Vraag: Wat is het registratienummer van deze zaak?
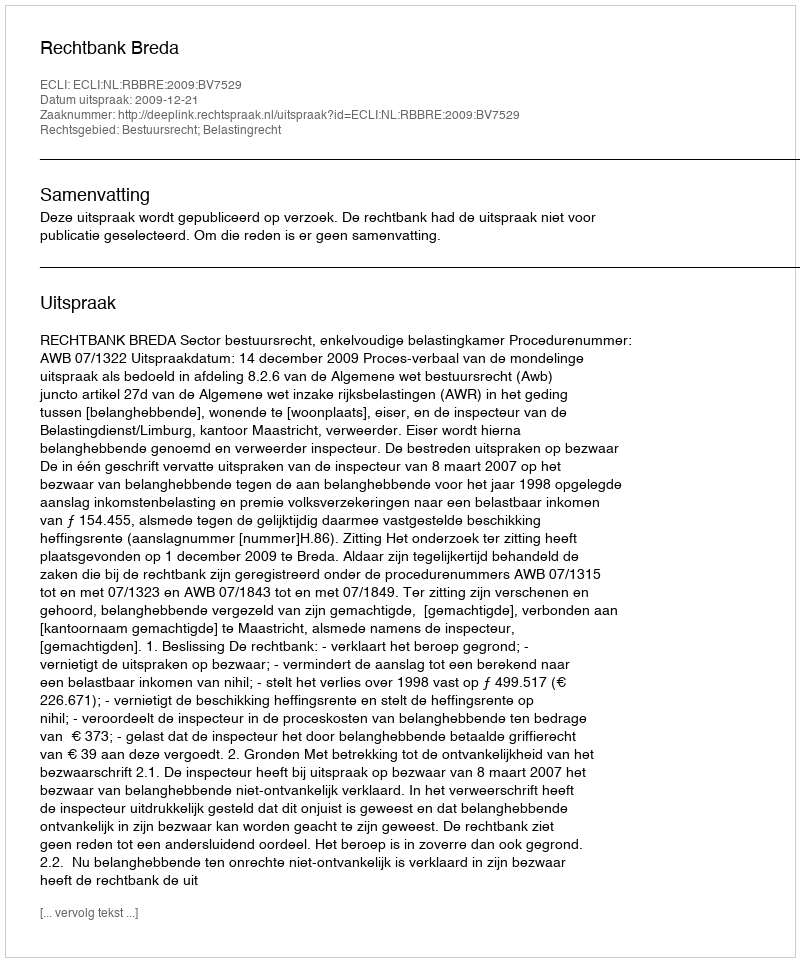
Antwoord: http://deeplink.rechtspraak.nl/uitspraak?id=ECLI:NL:RBBRE:2009:BV7529